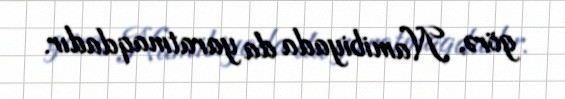
görə, Namibiyada da yaratmaqdadır.